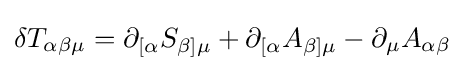
\delta T_{\alpha \beta \mu }=\partial _{[\alpha }S_{\beta ]\mu }+\partial _{[\alpha }A_{\beta ]\mu }-\partial _{\mu }A_{\alpha \beta }